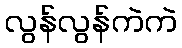
လွန်လွန်ကဲကဲ